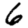
Digit: 6